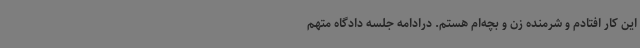
این کار افتادم و شرمنده زن و بچه‌ام هستم. درادامه جلسه دادگاه متهم